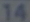
14